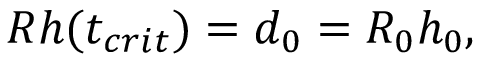
\begin{array} { r } { R h ( t _ { c r i t } ) = d _ { 0 } = R _ { 0 } h _ { 0 } , } \end{array}